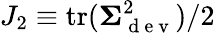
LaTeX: J_{2}\equiv\mathrm{tr}(\mathbf{\Sigma}_{\mathrm{~d~e~v~}}^{2})/2